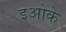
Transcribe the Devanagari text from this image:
इओके